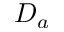
D _ { a }